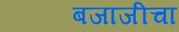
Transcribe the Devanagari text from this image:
बजाजीचा